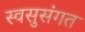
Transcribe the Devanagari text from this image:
स्वसुसंगत